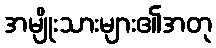
အမျိုးသားများ၏အတု